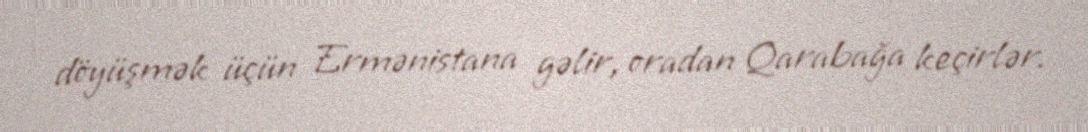
döyüşmək üçün Ermənistana gəlir, oradan Qarabağa keçirlər.